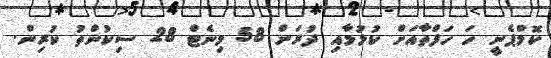
ކޮމްޕެނީ ހަ ހަފްތާއަށް ކުޅުމާއި ދުރަށް 58 މިނެޓް 28 ސިކުންތު ކުރިން.